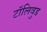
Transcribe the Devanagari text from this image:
टॉलिवुड